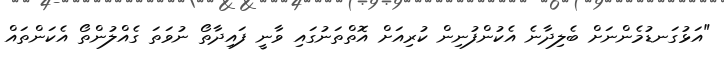
"އަޅުގަނޑުމެންނަށް ބެލިދާނެ އެކުންފުނިން ކުރިއަށް އޮތްތަނުގައި ވާނީ ފައިދާތޯ ނުވަތަ ގެއްލުންތޯ އެކަންތައް